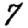
Digit: 7